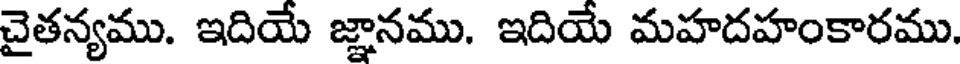
చైతన్యము. ఇదియే జ్ఞానము. ఇదియే మహదహంకారము.